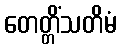
တေတ္တိံသတိမံ